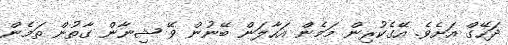
ދަހޭގް އަށެވެ. އޭގެކުރިން މަމެން އަހާލަން ބޭނުން ވޭ ޝިނާން ގާތުން ތަމެން